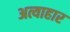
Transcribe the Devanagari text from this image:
अत्याहार